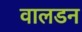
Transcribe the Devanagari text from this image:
वालडन